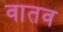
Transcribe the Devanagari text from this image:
वातव